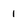
Character: 1